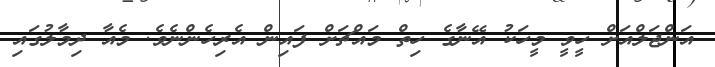
އަންޖަލްއަށް ހީވީ މީހަކު އޭނާގެ ހިތް މައްޗަށް ފައިން އެރިހެންނެވެ. މެއާ ދިމާލުގައި